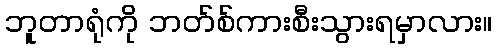
ဘူတာရုံကို ဘတ်စ်ကားစီးသွားရမှာလား။